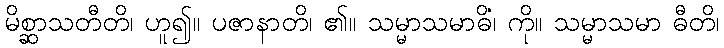
မိစ္ဆာသတီတိ၊ ဟူ၍။ ပဇာနာတိ၊ ၏။ သမ္မာသမာဓိံ၊ ကို။ သမ္မာသမာ ဓီတိ၊